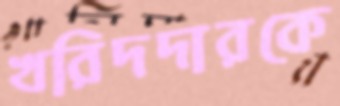
খরিদদারকে